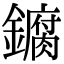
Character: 𫓘